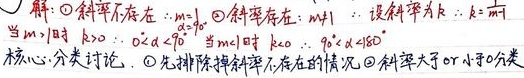
解：
\textcircled{1} 斜率不存在：\(m = 0\)。
\textcircled{2} 斜率存在：\(m\neq 0\) ，设斜率为 \(k\)，\(k = \frac{1}{m}\)。
当 \(m>0\) 时，\(k>0\) ，\(0^{\circ}<\alpha <90^{\circ}\) ；
当 \(m<0\) 时，\(k<0\) ，\(90^{\circ}<\alpha <180^{\circ}\) 。

核心：分类讨论。
\textcircled{1} 先排除掉斜率不存在的情况。
\textcircled{2} 斜率大于0或小于0分类。